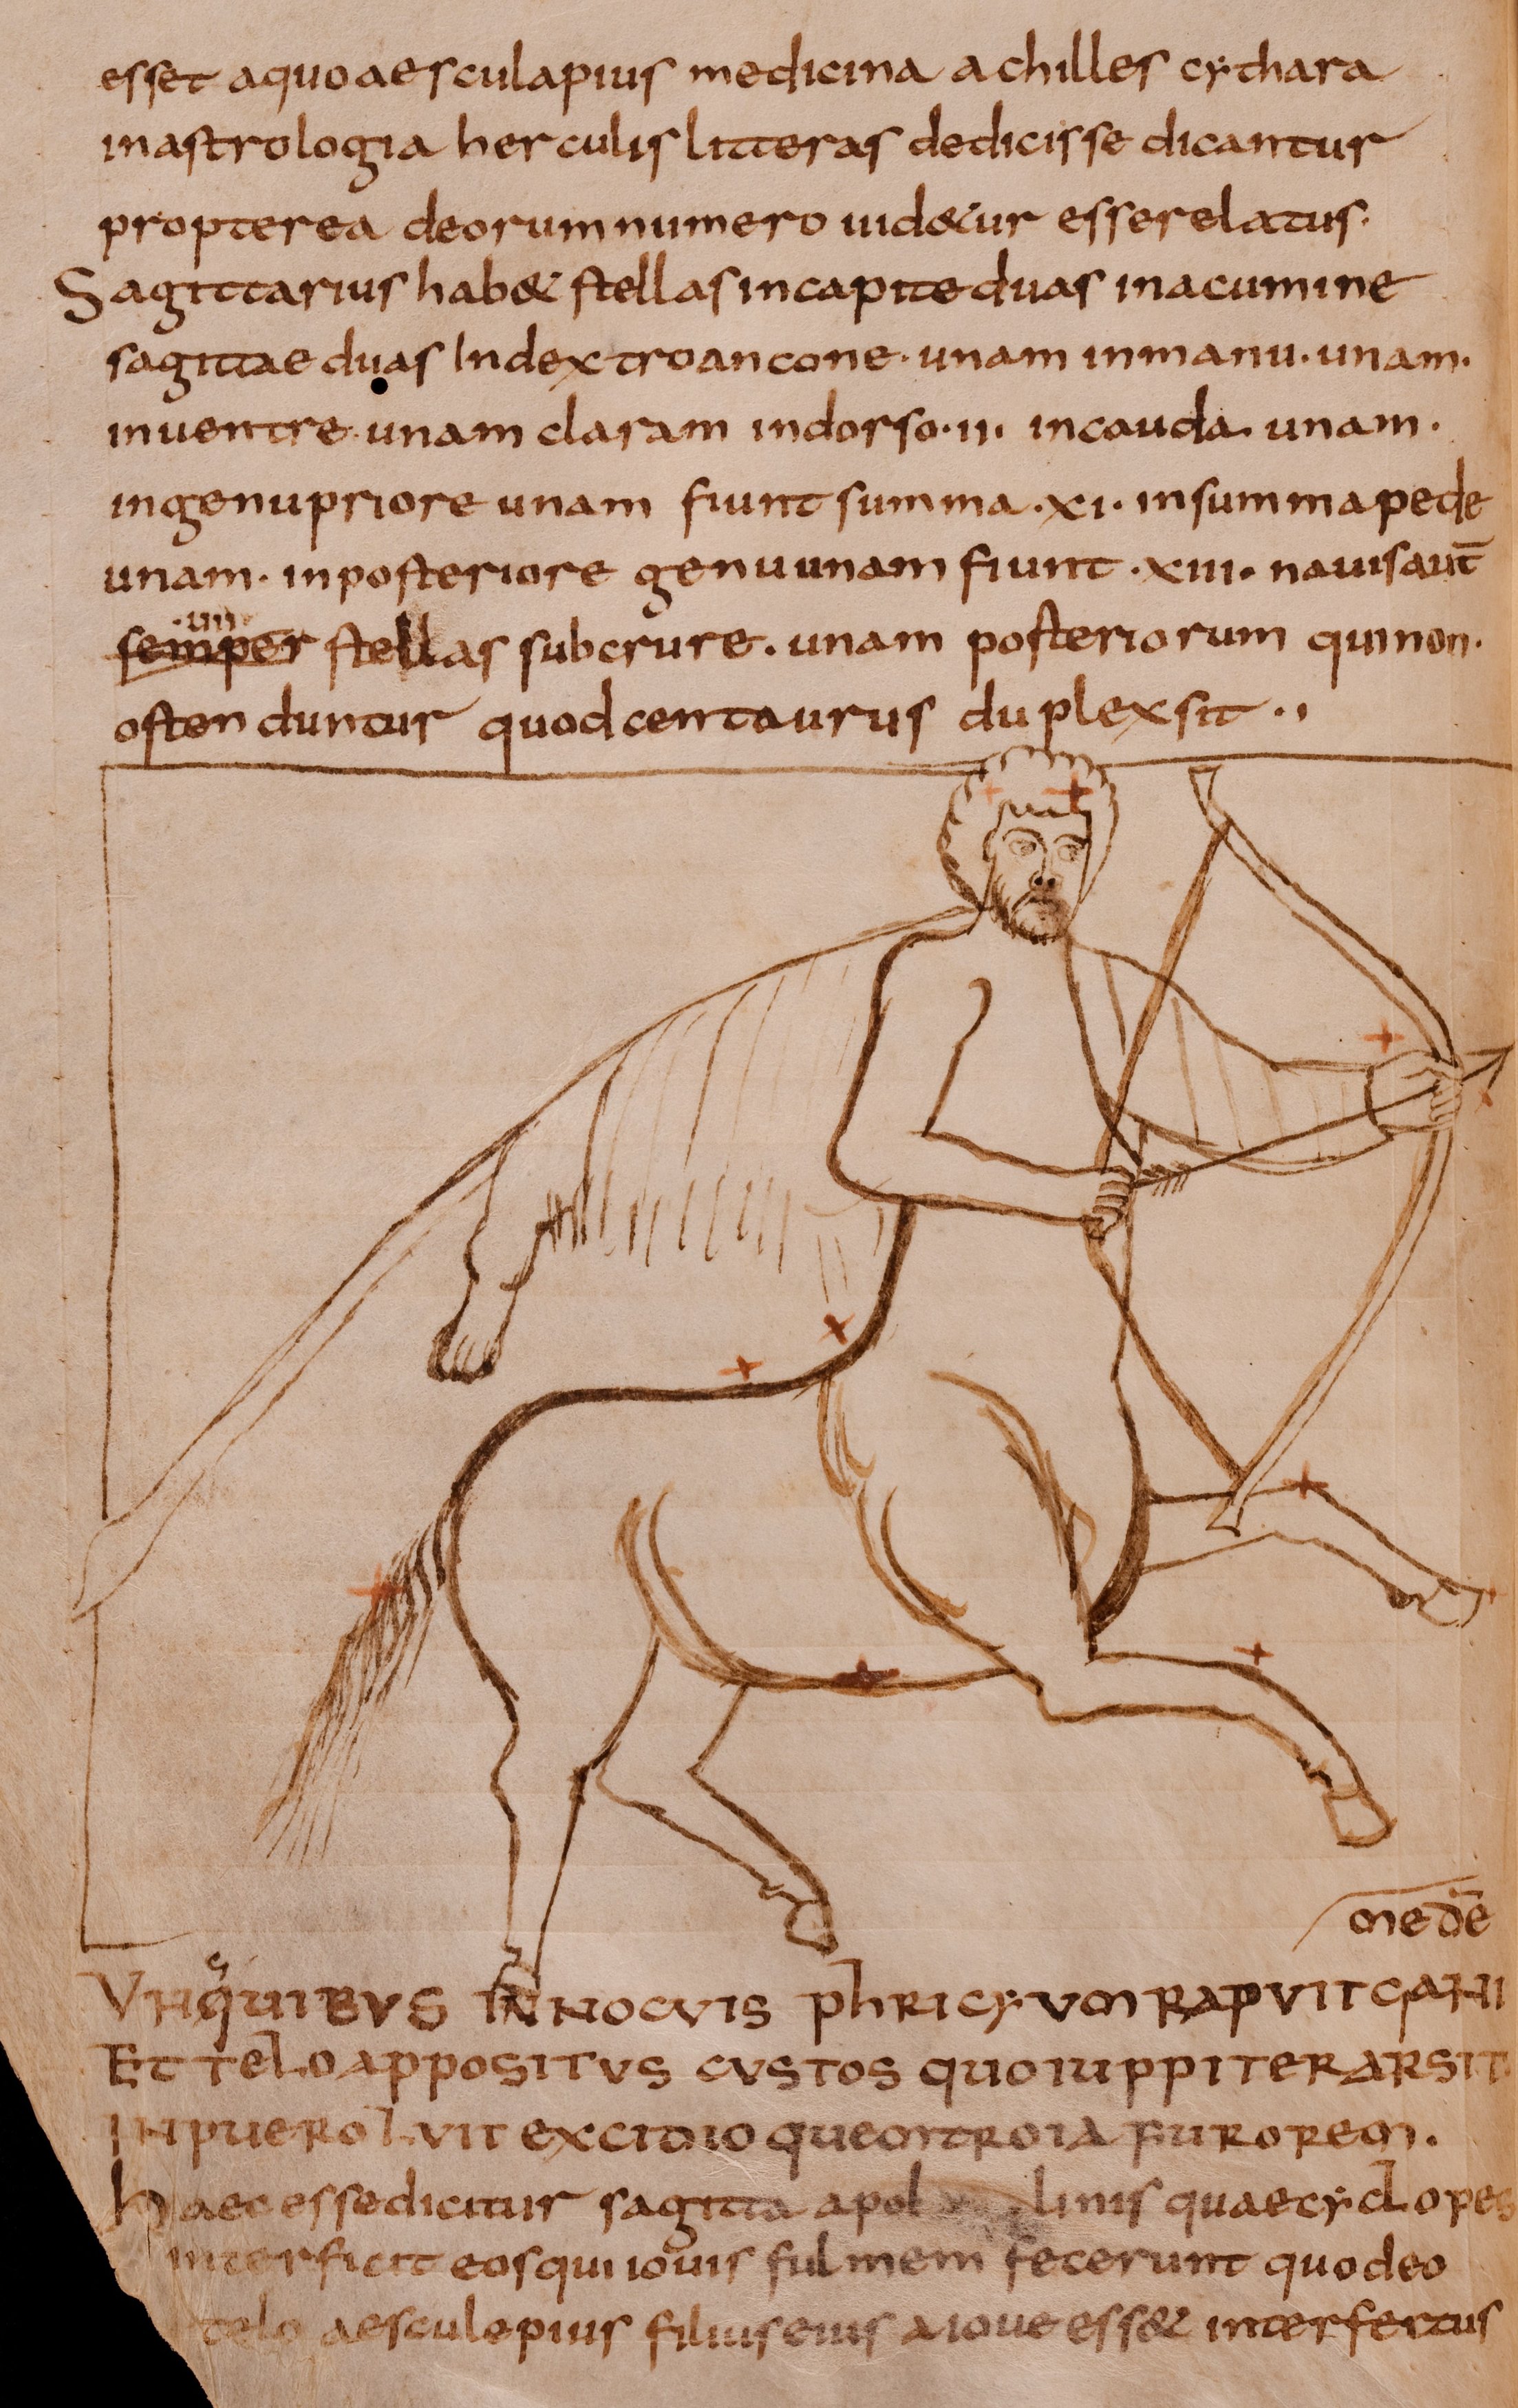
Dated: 800–849